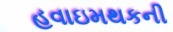
હવાઇમથકની